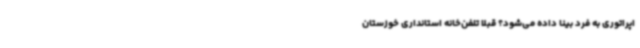
اپراتوری به فرد بینا داده می‌شود؟ قبلا تلفن‌خانه استانداری خوزستان